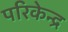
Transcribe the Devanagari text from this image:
परिकेन्द्र